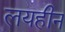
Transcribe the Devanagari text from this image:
लयहीन